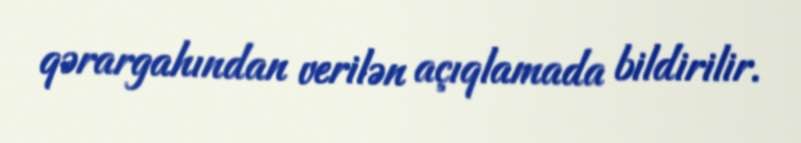
qərargahından verilən açıqlamada bildirilir.